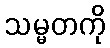
သမ္မတကို